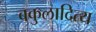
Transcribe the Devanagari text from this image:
बकुलादित्य